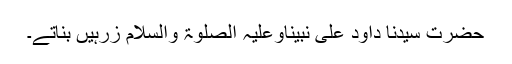
حضرت سیِّدُنا داؤد عَلٰی نَبِیِّنَاوَعَلَیْہِ الصَّلٰوۃُ وَالسَّلَام زرہیں بناتے۔